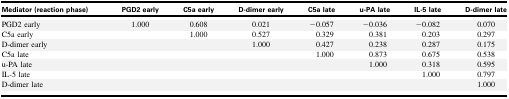
| Mediator (reaction phase) | PGD2 early | C5a early | D-dimer early | C5a late | u-PA late | IL-5 late | D-dimer late |
 | --- | --- | --- | --- | --- | --- | --- | --- |
 | PGD2 early | 1.000 | 0.608 | 0.021 | −0.057 | −0.036 | −0.082 | 0.070 |
 | C5a early |  | 1.000 | 0.527 | 0.329 | 0.381 | 0.203 | 0.297 |
 | D-dimer early |  |  | 1.000 | 0.427 | 0.238 | 0.287 | 0.175 |
 | C5a late |  |  |  | 1.000 | 0.873 | 0.675 | 0.538 |
 | u-PA late |  |  |  |  | 1.000 | 0.318 | 0.595 |
 | IL-5 late |  |  |  |  |  | 1.000 | 0.797 |
 | D-dimer late |  |  |  |  |  |  | 1.000 |